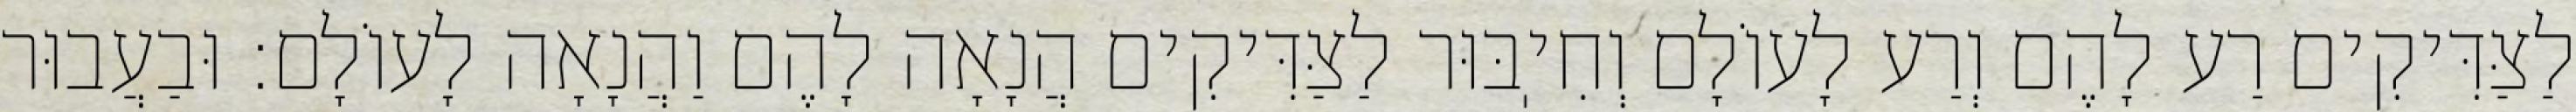
לַצַּדִּיקִים רַע לָהֶם וְרַע לָעוֹלָם וְחִיֽבּוּר לַצַּדִּיקִים הֲנָאָה לָהֶם וַהֲנָאָה לָעוֹלָם: וּבַעֲבוּר